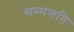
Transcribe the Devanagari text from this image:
सम्मसति